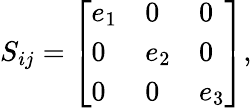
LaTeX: S_{ij}=\left[\begin{array}{lll}{e_{1}}&{0}&{0}\\ {0}&{e_{2}}&{0}\\ {0}&{0}&{e_{3}}\end{array}\right],